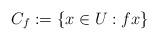
LaTeX: \begin{align*} C_f:=\{x\in U: f x \} \end{align*}